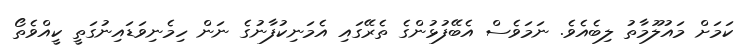
ކަމަށް މައުލޫމާތު ލިބެއެވެ. ނަމަވެސް އެބޭފުޅުންގެ ތެރޭގައި އެމަނިކުފާނުގެ ނަން ހިމެނިވަޑައިނުގަތީ ކީއްވެތޯ